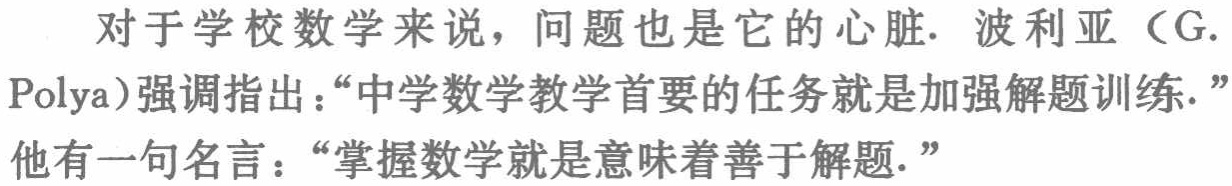
对于学校数学来说，问题也是它的心脏. 波利亚（G. Polya）强调指出：“中学数学教学首要的任务就是加强解题训练.”他有一句名言：“掌握数学就是意味着善于解题.”